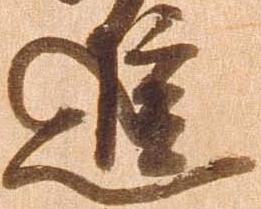
進